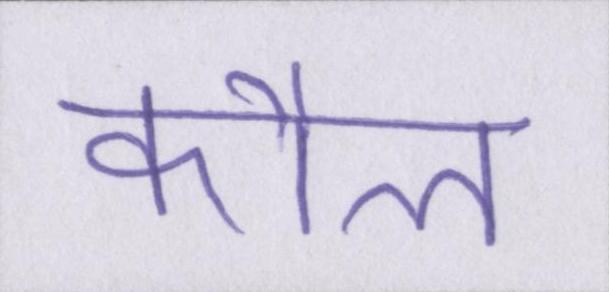
कौल